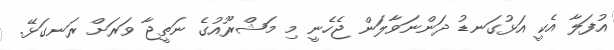
އުފަލާ އެކީ އަޅުގަނޑު ދަންނަވާލަން ޖެހެނީ މި މަޝްރޫއުގެ ނަތީޖާ ވަރަށް ރަނގަޅޭ.